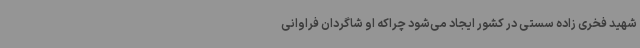
شهید فخری زاده سستی در کشور ایجاد می‌شود چراکه او شاگردان فراوانی